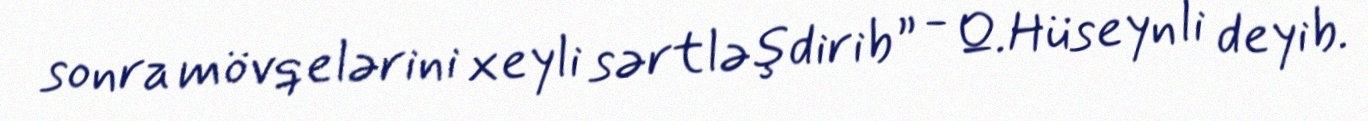
sonra mövqelərini xeyli sərtləşdirib” - Q.Hüseynli deyib.